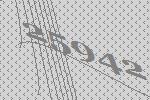
25942